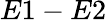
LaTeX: E1-E2